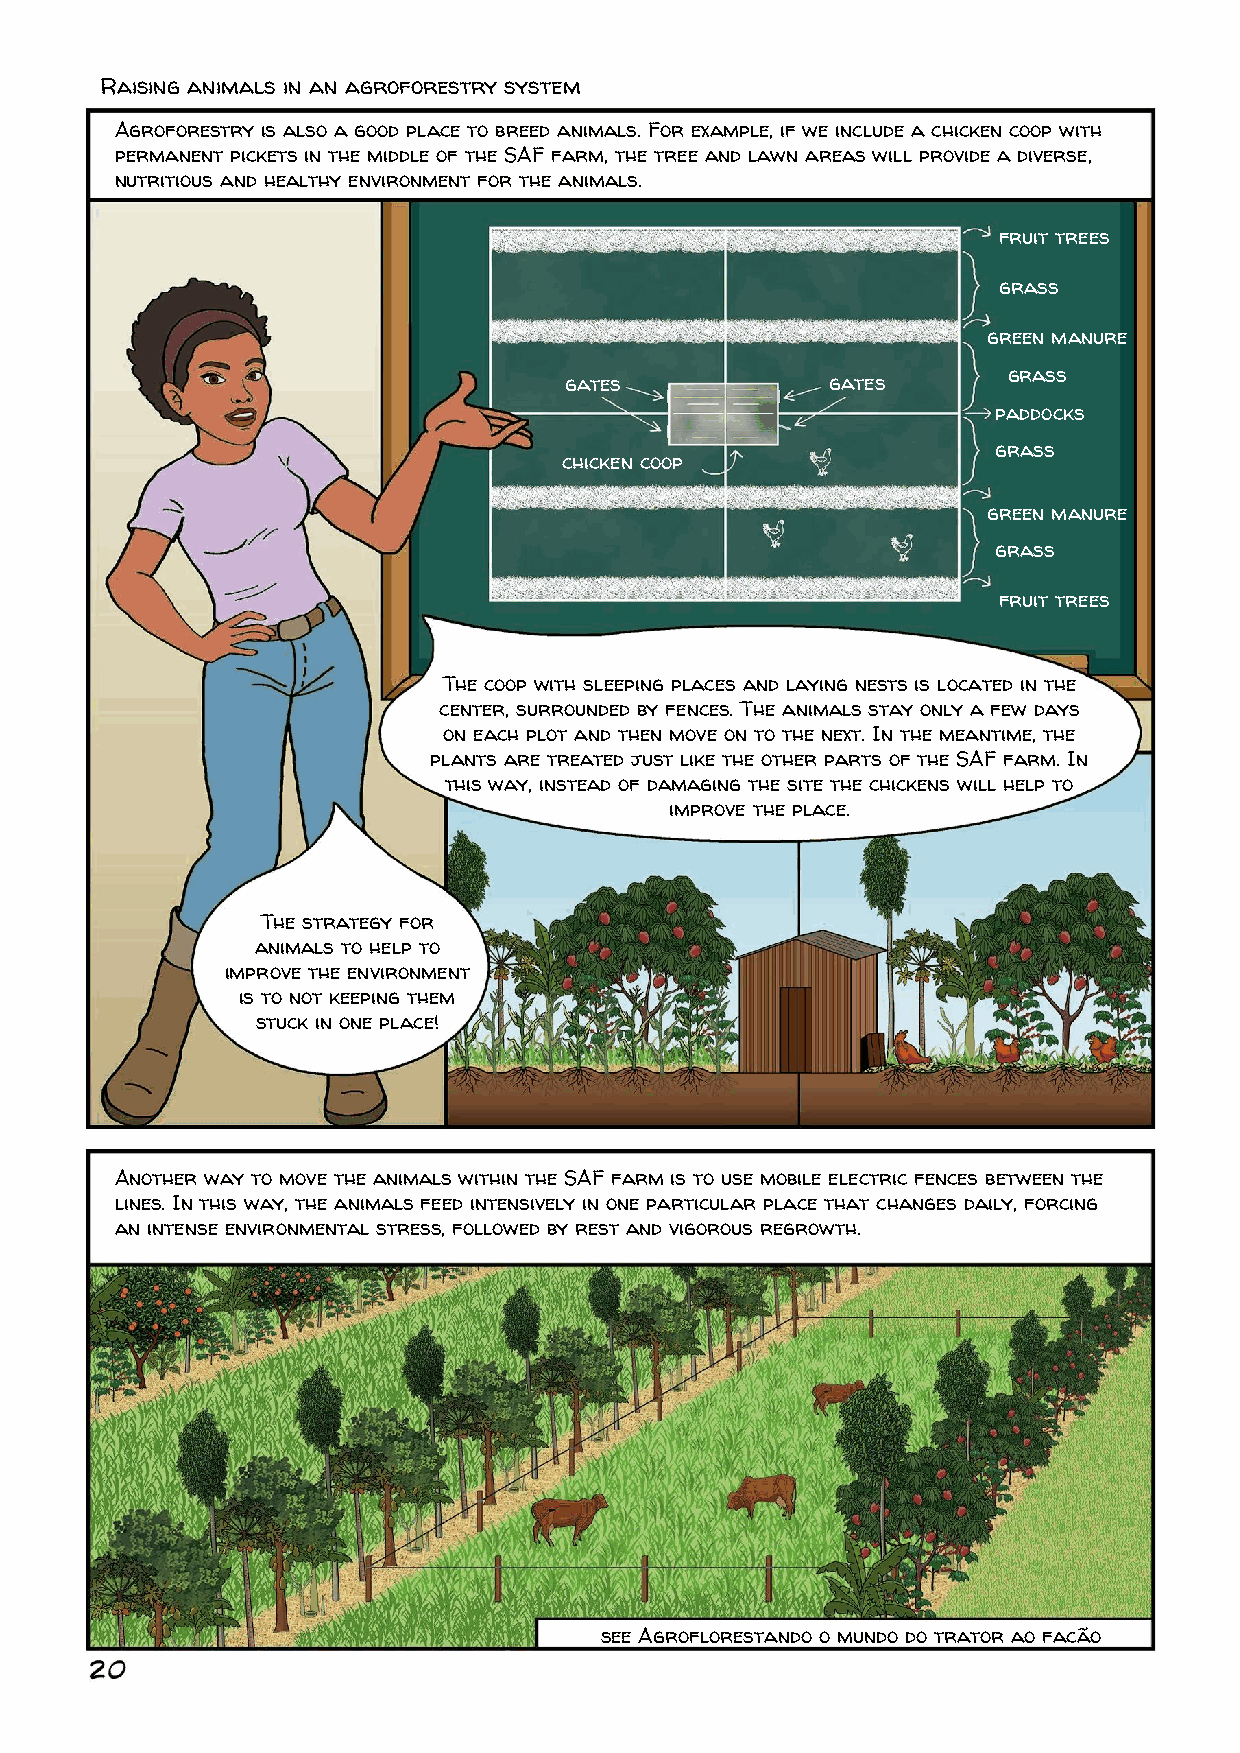
Raising animals in an agroforestry system
 Agroforestry is also a good place to breed animals. For example, if we include a chicken coop with
 permanent pickets in the middle of the SAF farm, the tree and lawn areas will provide a diverse,
 nutritious and healthy environment for the animals.
 fruit trees
 grass
 green manure
 grass
 gates             gates
 paddocks
 grass
 chicken coop
 green manure
 grass
 fruit trees
 The coop with sleeping places and laying nests is located in the
 center, surrounded by fences. The animals stay only a few days
 on each plot and then move on to the next. In the meantime, the
 plants are treated just like the other parts of the SAF farm. In
 this way, instead of damaging the site the chickens will help to
 improve the place.
 The strategy for
 animals to help to
 improve the environment
 is to not keeping them
 stuck in one place!
 Another way to move the animals within the SAF farm is to use mobile electric fences between the
 lines. In this way, the animals feed intensively in one particular place that changes daily, forcing
 an intense environmental stress, followed by rest and vigorous regrowth.
 see Agroflorestando o mundo do trator ao facão